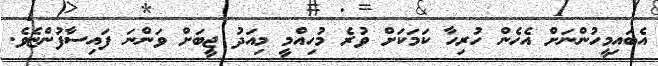
އެބައިމީހުންނަށް އެހެން ހުރިހާ ކަމަކަށް ވުރެ މުހިއްމީ މިއަދު ޖީބަށް ވަންނަ ފައިސާފުންޏެވެ.